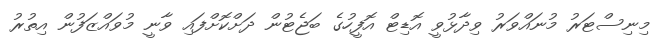
މިނިސްޓަރު މުނައްވަރު ވިދާޅުވީ އޮޑިޓް އޮފީހުގެ ބަޖެޓުން ދަށްކޮށްފައި ވާނީ މުވައްޒަފުން އިތުރު